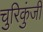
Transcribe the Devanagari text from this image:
चुरिकुंजी